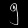
Digit: ၅